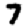
Digit: 7